Vaccination in Burma 1920-1933 - 1920-1933
Year: 1920
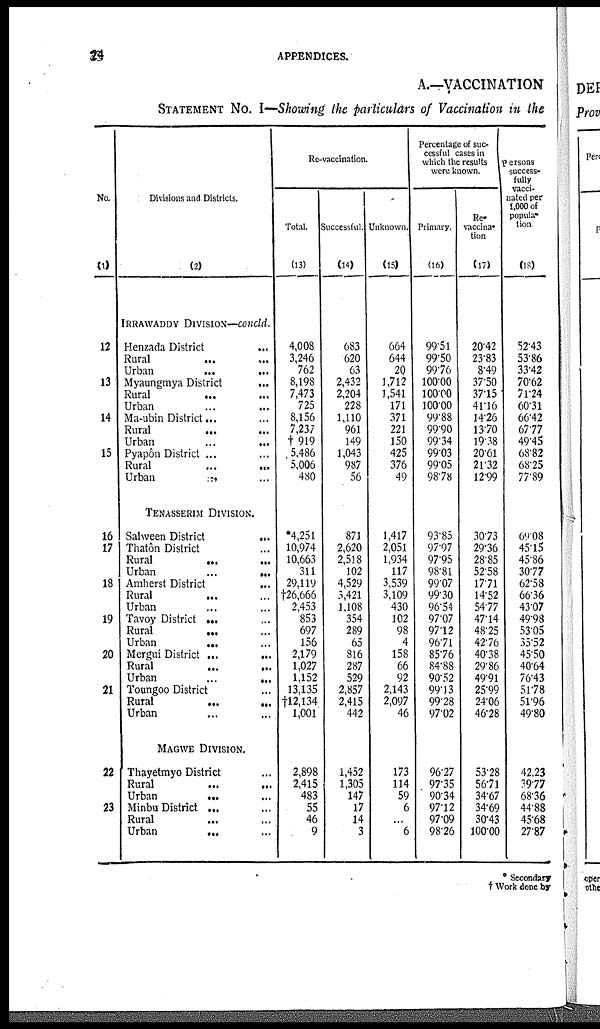
24
APPENDICES.
A.—VACCINATION
STATEMENT No. I—Showing the particulars of Vaccination in the
No.
(1)
12
13
14
15
16
17
18
19
20
21
22
23
Divisions and Districts.
(2)
IRRAWADDY DIVISION—concld.
Henzada District
...
Rural
...
...
Urban
...
...
Myaungmya District
...
Rural
...
...
Urban
...
...
Ma-ubin District... ...
Rural
... ...
Urban
...
...
Pyapôn District ... ...
Rural
...
...
Urban
...
...
TENASSERIM DIVISION.
Salween District
...
Thatôn District ...
Rural
... ...
Urban
...
...
Amherst District
...
Rural
... ...
Urban ... ...
Tavoy District ...
...
Rural
... ...
Urban
... ...
Mergui District ...
...
Rural
...
...
Urban
...
...
Toungoo District ...
Rural
...
...
Urban ... ...
MAGWE DIVISION.
Thayetmyo District ...
Rural
...
...
Urban
... ...
Minbu District ... ...
Rural ... ...
Urban
... ...
Re-vaccination.
Total.
(13)
4,008
3,246
762
8,198
7,473
725
8,156
7,237
† 919
5,486
5,006
480
*4,251
10,974
10,663
311
29,119
†26,666
2,453
853
697
156
2,179
1,027
1,152
13,135
†12,134
1,001
2,898
2,415
483
55
46
9
Successful.
(14)
683
620
63
2,432
2,204
228
1,110
961
149
1,043
987
56
871
2,620
2,518
102
4,529
5,421
1,108
354
289
65
816
287
529
2,857
2,415
442
1,452
1,305
147
17
14
3
Unknown.
(15)
664
644
20
1,712
1,541
171
371
221
150
425
376
49
1,417
2,051
1,934
117
3,539
3,109
430
102
98
4
158
66
92
2,143
2,097
46
173
114
59
6
...
6
Percentage of suc¬
cessful cases in
which the results
were known.
Primary.
(16)
99.51
99.50
99.76
100.00
100.00
100.00
99.88
99.90
99.34
99.03
99.05
98.78
93.85
97.97
97.95
98.81
99.07
99.30
96.54
97.07
97.12
96.71
85.76
84.88
90.52
99.13
99.28
97.02
96.27
97.35
90.34
97.12
97.09
98.26
Re¬
vaccina.
tion
(17)
20.42
23.83
8.49
37.50
37.15
41.16
14.26
13.70
19.38
20.61
21.32
12.99
30.73
29.36
28.85
52.58
17.71
14.52
54.77
47.14
48.25
42.76
40.38
29.86
49.91
25.99
24.06
46.28
53.28
56.71
34.67
34.69
30.43
100.00
Persons
success-
fully
vacci-
nated per
1,000 of
popula¬
tion
(18)
52.43
53.86
33.42
70.62
71.24
60.31
66.42
67.77
49.45
68.82
68.25
77.89
69.08
45.15
45.86
30.77
62.58
66.36
43.07
49.98
53.05
35.52
45.50
40.64
76.43
51.78
51.96
49.80
42.23
39.77
68.36
44.88
45.68
27.87
* Secondary
† Work done by